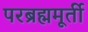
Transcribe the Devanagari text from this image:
परब्रह्ममूर्ती